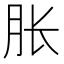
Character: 胀